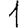
Digit: 1